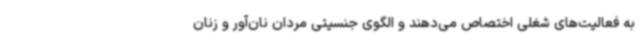
به فعالیت‌های شغلی اختصاص می‌دهند و الگوی جنسیتی مردان نان‌آور و زنان